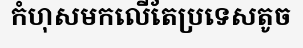
កំហុសមកលើតែប្រទេសតូច